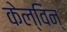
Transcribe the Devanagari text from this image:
केल्विन्